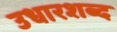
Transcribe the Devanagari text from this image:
उधारशब्द